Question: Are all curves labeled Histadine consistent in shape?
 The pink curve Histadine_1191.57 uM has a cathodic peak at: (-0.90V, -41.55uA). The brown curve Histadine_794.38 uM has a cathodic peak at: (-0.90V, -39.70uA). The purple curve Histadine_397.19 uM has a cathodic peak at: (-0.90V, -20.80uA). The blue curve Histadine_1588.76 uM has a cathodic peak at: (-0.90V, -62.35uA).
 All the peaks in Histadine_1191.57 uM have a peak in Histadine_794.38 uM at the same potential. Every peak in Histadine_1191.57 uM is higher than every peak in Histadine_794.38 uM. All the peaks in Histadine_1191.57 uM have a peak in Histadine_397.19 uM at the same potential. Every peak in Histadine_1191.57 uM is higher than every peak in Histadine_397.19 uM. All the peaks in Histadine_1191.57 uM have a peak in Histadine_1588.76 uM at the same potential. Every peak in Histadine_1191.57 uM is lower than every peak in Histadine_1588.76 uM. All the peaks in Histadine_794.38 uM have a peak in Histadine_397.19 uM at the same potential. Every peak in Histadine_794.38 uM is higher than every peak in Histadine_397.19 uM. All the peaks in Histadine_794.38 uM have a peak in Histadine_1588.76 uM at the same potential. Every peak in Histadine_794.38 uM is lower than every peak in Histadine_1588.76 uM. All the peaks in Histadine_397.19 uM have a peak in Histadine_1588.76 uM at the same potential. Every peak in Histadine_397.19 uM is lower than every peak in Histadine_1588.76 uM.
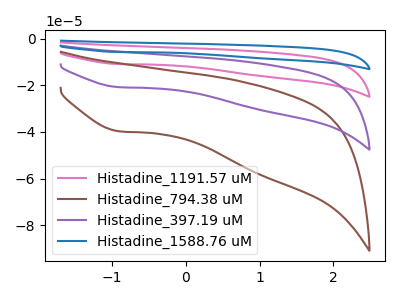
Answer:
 <answer>All the CV's of "Histadine" have similar shape.</answer>
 <eval>follow_rule</eval>